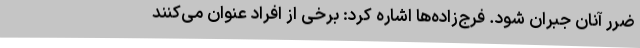
ضرر آنان جبران شود. فرج‌زاده‌ها اشاره کرد: برخی از افراد عنوان می‌کنند